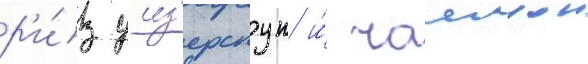
р'и́з уиз'ерспун и́ чаинои